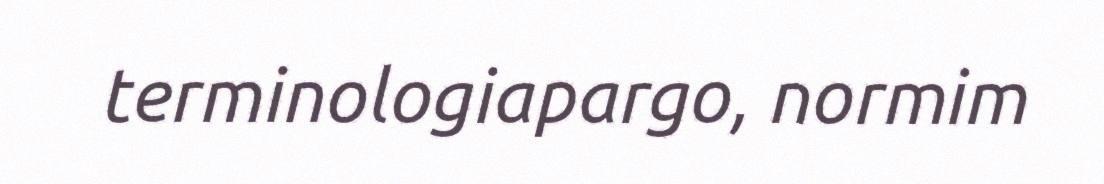
terminologiapargo, normim